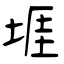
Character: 堐